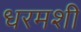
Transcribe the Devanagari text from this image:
धरमशी